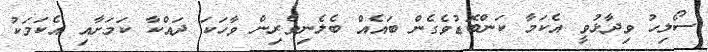
ސޯލިހު ވިދާޅުވީ އެކަމާ ކަންބޮޑުވެގެން ބައެއް ބެލެނިވެރިން ވާހަކަ ދައްކާ ކަމަށާއި އެކަމަކު